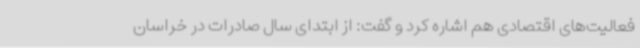
فعالیت‌های اقتصادی هم اشاره کرد و گفت: از ابتدای سال صادرات در خراسان